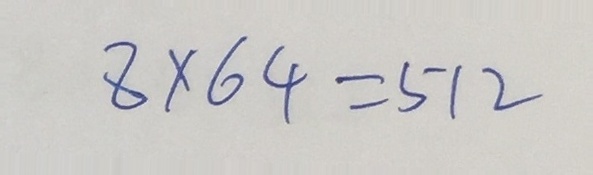
8 \times 6 4 = 5 1 2